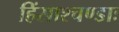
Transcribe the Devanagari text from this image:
हिंस्राश्चण्डाः